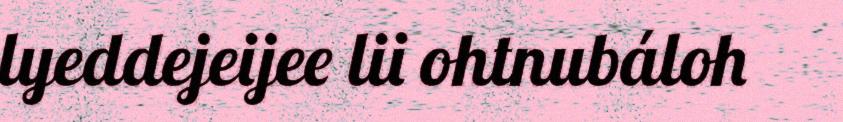
lyeddejeijee lii ohtnubáloh